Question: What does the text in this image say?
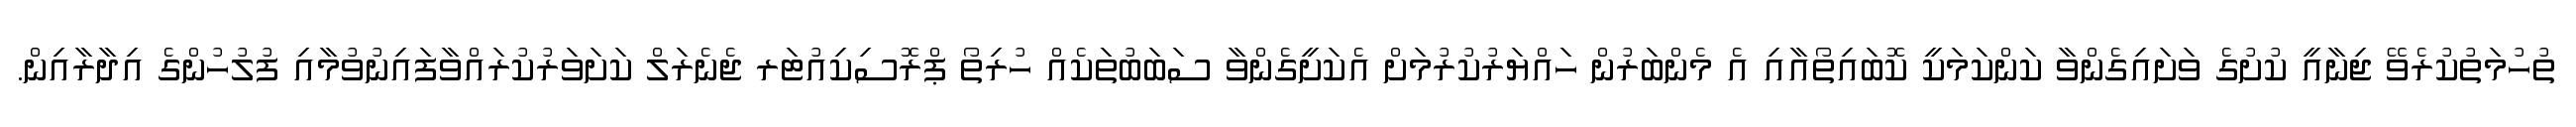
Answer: ތުހުމަތުކުރެވޭ ޖިނާއީ ކުށުގެ ވަށައިގެންވާ ކަންކަމަކީ ކޮބައިތޯއާއި އެ މެންބަރުން ހައްޔަރުކުރުމަށް އެކަށީގެންވާ ސަބަބުތަކެއް ހުރިތޯ ޕްރޮސިކިއުޓަރ ޖެނެރަލް ކަށަވަރުކުރައްވާފައިނުވުމާއި ފުލުހުންގެ އިދާރާއިން.